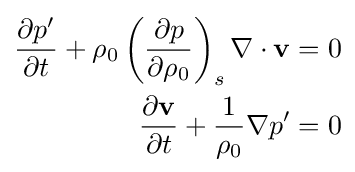
{\begin{aligned}{\frac {\partial p'}{\partial t}}+\rho _{0}\left({\frac {\partial p}{\partial \rho _{0}}}\right)_{s}\nabla \cdot \mathbf {v} &=0\\{\frac {\partial \mathbf {v} }{\partial t}}+{\frac {1}{\rho _{0}}}\nabla p'&=0\end{aligned}}